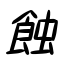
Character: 蝕